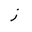
Letter: _zay